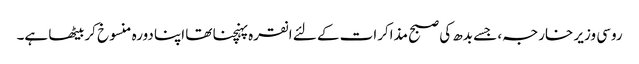
روسی وزیر خارجہ، جسے بدھ کی صبح مذاکرات کے لئے انقرہ پہنچنا تھا اپنا دورہ منسوخ کربیٹھا ہے۔